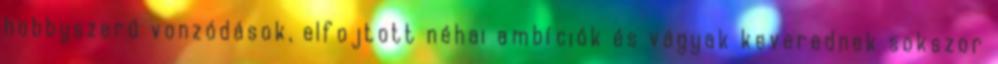
hobbyszerű vonzódások, elfojtott néhai ambíciók és vágyak keverednek sokszor